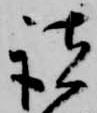
諸